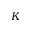
K